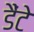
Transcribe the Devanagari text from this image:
डैंटे